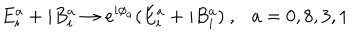
E _ { i } ^ { a } + i B _ { i } ^ { a } \rightarrow e ^ { i \phi _ { a } } ( E _ { i } ^ { a } + i B _ { i } ^ { a } ) \ , \ \ \ a = 0 , 8 , 3 , 1